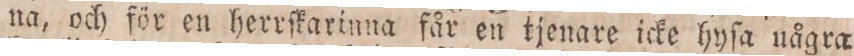
na, och för en herrſkarinna får en tjenare icke hyſa uågra